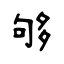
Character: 够